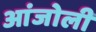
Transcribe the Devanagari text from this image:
आंजोली